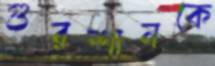
গুরশানকে